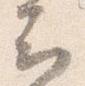
云